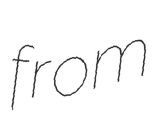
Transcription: from